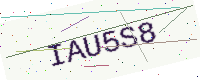
Text: IAU5S8